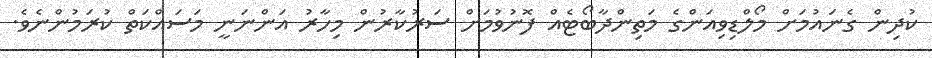
ކުދިން ގެނައުމަށް މޯލްޑިވިއަންގެ މަތިންދާބޯޓެއް ފޮނުވުމަށް ސަރުކާރުން މިހާރު އަންނަނީ މަސައްކަތް ކުރަމުންނެވެ.